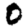
Digit: 0